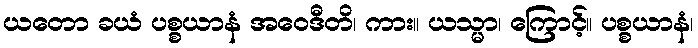
ယတော ခယံ ပစ္စယာနံ အဝေဒီတိ၊ ကား။ ယသ္မာ၊ ကြောင့်။ ပစ္စယာနံ၊